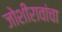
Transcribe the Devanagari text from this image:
जोशीरावांचा